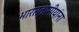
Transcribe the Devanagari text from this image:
भारतवासीयांना